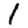
Digit: 1